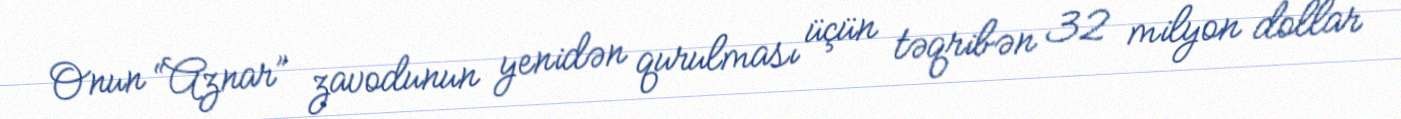
Onun “Aznar” zavodunun yenidən qurulması üçün təqribən 32 milyon dollar